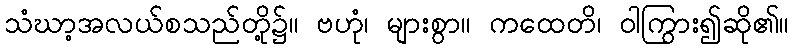
သံဃာ့အလယ်စသည်တို့၌။ ဗဟုံ၊ များစွာ။ ကထေတိ၊ ဝါကြွား၍ဆို၏။